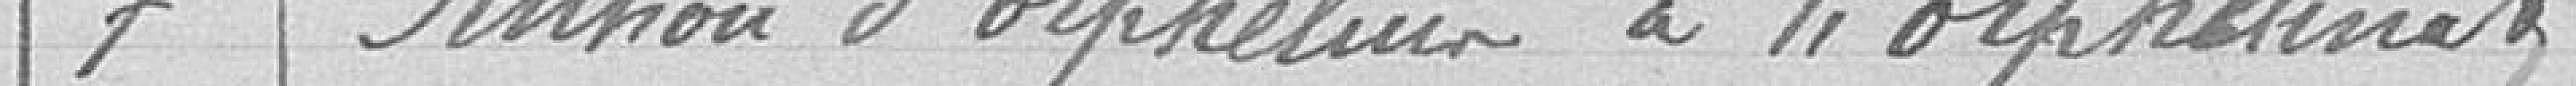
7 - Pension d'orphelins à l'orphelinat